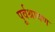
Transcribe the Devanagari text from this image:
पूर्वश्रावण